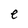
Character: e